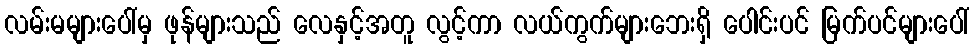
လမ်းမများပေါ်မှ ဖုန်များသည် လေနှင့်အတူ လွင့်ကာ လယ်ကွက်များဘေးရှိ ပေါင်းပင် မြက်ပင်များပေါ်